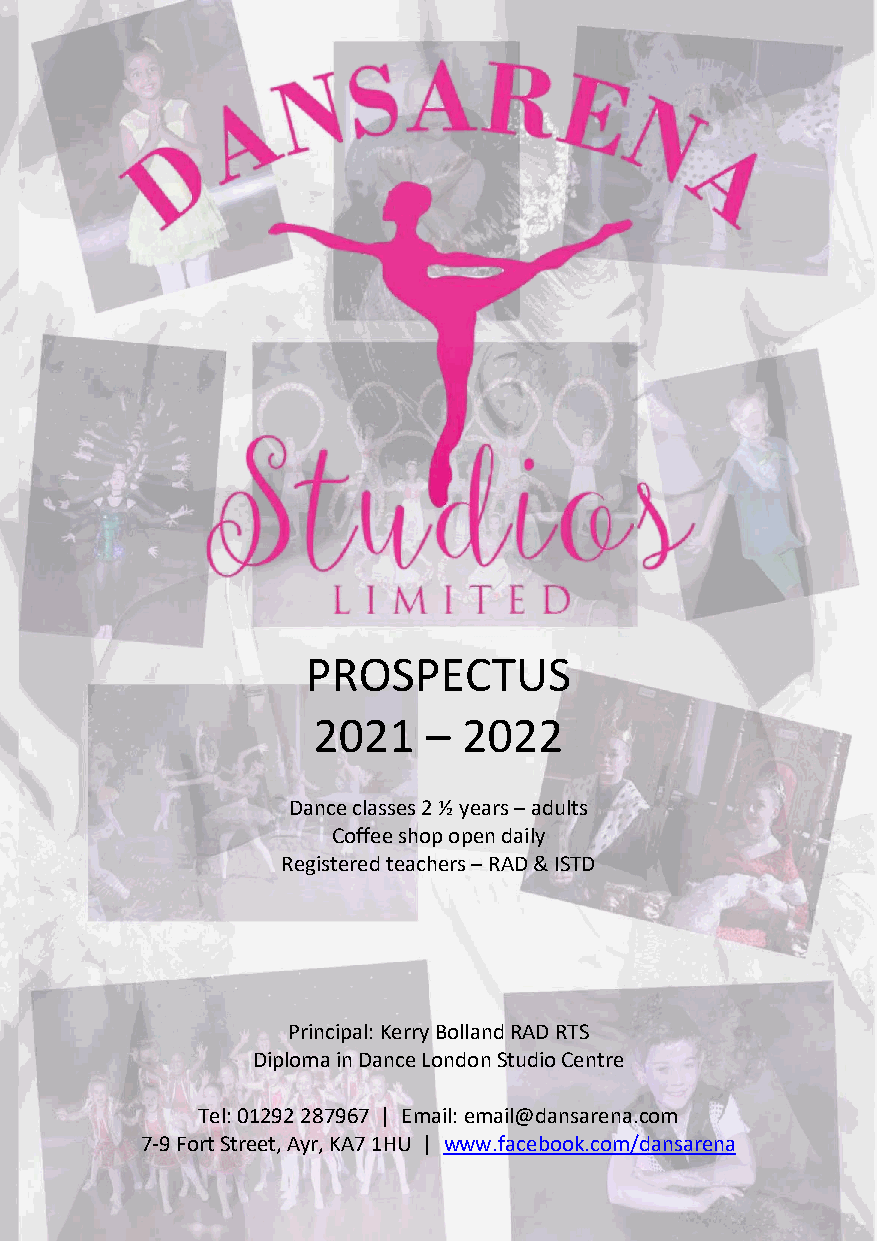
PROSPECTUS
 2021   –  2022
 Dance classes 2 ½ years – adults
 Coffee shop open daily
 Registered teachers – RAD & ISTD
 Principal: Kerry Bolland RAD RTS
 Diploma in Dance London Studio Centre
 Tel: 01292 287967 | Email: email@dansarena.com
 7-9 Fort Street, Ayr, KA7 1HU | www.facebook.com/dansarena